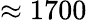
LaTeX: \approx 1700